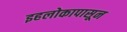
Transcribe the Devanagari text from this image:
इहलोकापासून